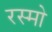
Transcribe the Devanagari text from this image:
रस्मो